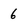
Character: 6